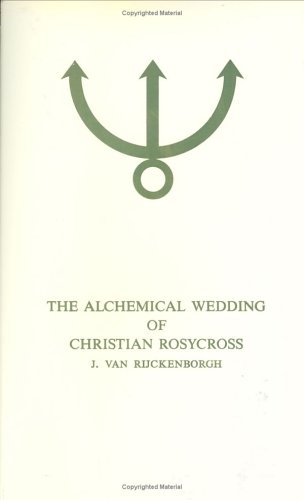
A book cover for The Alchemical Wedding of Christian Rosycross, Part 1; Jan van Rijckenborgh; Religion & Spirituality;